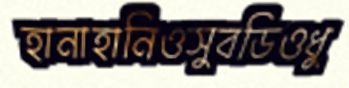
হানাহানিওসুবডিওধু